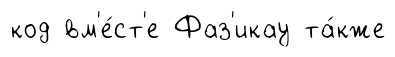
код вм'е́ст'е Фаз'икау та́кже